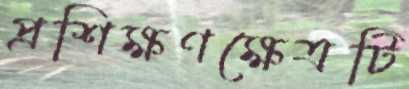
প্রশিক্ষণক্ষেত্রটি